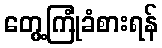
တွေ့ကြုံခံစားရန်